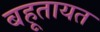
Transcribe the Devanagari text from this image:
बहूतायत